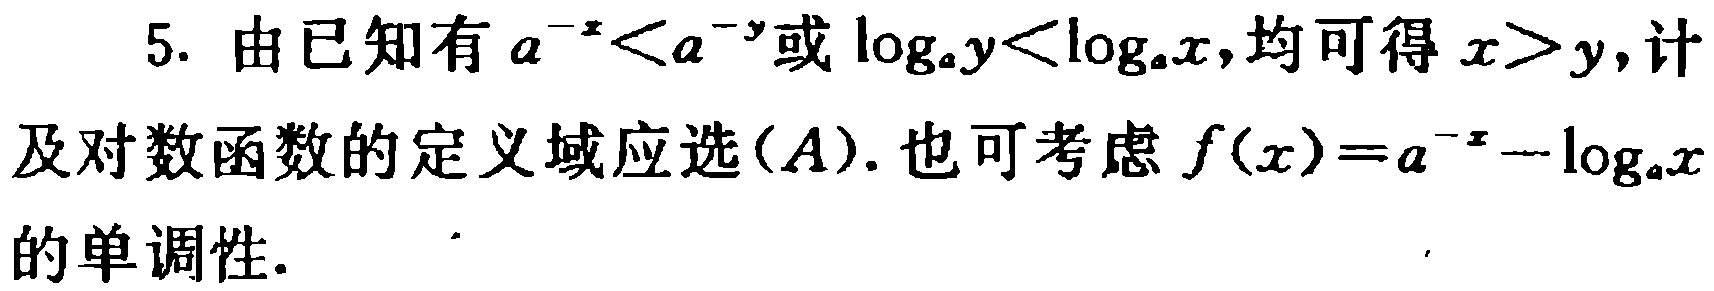
5. 由已知有 \(a^{-x}<a^{-y}\)或\(\log_{a}y<\log_{a}x\),均可得\(x > y\),计及对数函数的定义域应选\((A)\). 也可考虑\(f(x)=a^{-x}-\log_{a}x\)的单调性.